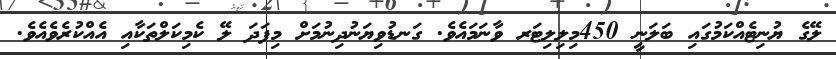
ލޭގެ ޔުނިޓެއްކަމުގައި ބަލަނީ 450މިލިލިޓަރ ވާނަމައެވެ. ގަނޑުވިޔަނުދިނުމަށް މިފަދަ ލޭ ކެމިކަލްތަކާއި އެއްކުރެވެއެވެ.